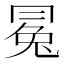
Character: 𠕤